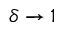
\delta \to 1